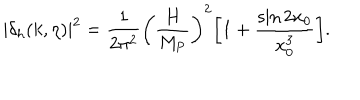
| \delta _ { h } ( k , \eta ) | ^ { 2 } = \frac { 1 } { 2 \pi ^ { 2 } } \biggl ( \frac { H } { M _ { \mathrm { P } } } \biggr ) ^ { 2 } \biggl [ 1 + \frac { \sin { 2 x _ { 0 } } } { x _ { 0 } ^ { 3 } } \biggr ] .